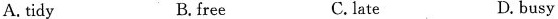
A. tidy B. free C. late D. busy